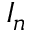
I _ { n }